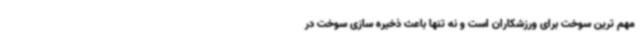
مهم ترین سوخت برای ورزشکاران است و نه تنها باعث ذخیره سازی سوخت در